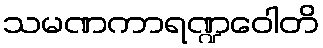
သမဏကာရဏ္ဍဝေါတိ